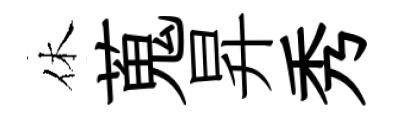
休蒐昇秀